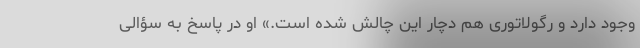
وجود دارد و رگولاتوری هم دچار این چالش شده است.» او در پاسخ به سؤالی